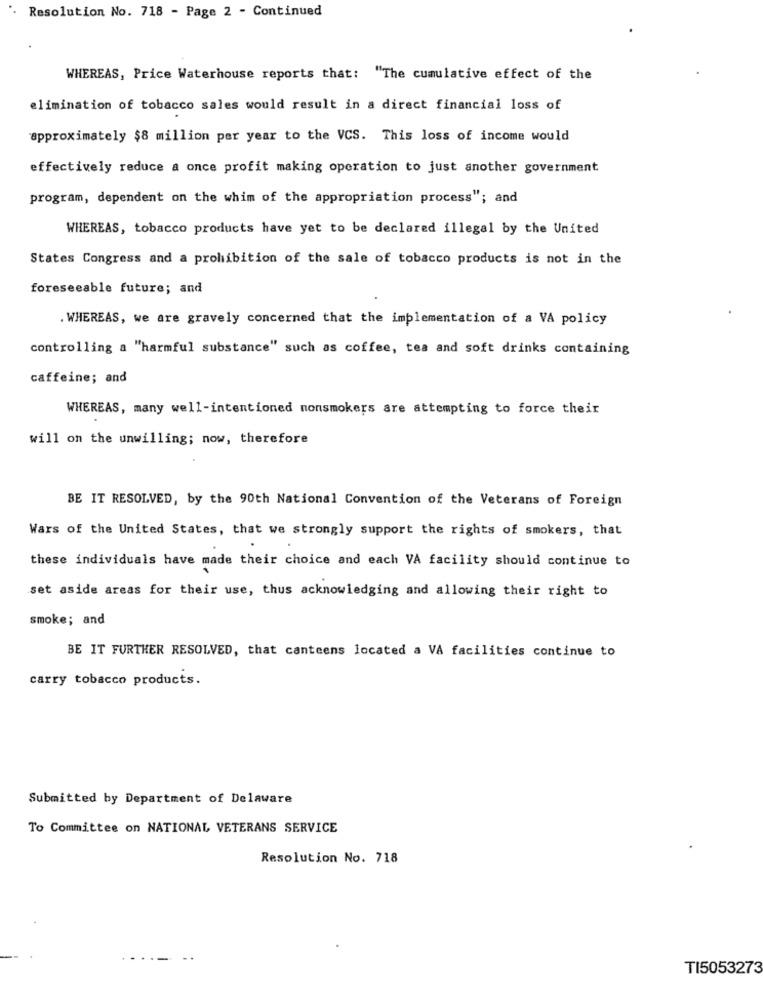
Resolution No. 718 - Page 2 - Continued
WHEREAS, Price Waterhouse reports that: "The cumulative effect of the
elimination of tobacco sales would result in a direct financial loss of
approximately $8 million per year to the VCS. This loss of income would
effectively reduce a once profit making operation to just another government
program, dependent on the whim of the appropriation process"; and
WHEREAS, tobacco products have yet to be declared illegal by the United
States Congress and a prohibition of the sale of tobacco products is not in the
foreseeable future; and
. WHEREAS, we are gravely concerned that the implementation of a VA policy
controlling a "harmful substance" such as coffee, tea and soft drinks containing
caffeine; and
WHEREAS, many well-intentioned nonsmokers are attempting to force their
will on the unwilling; now, therefore
BE IT RESOLVED, by the 90th National Convention of the Veterans of Foreign
Wars of the United States, that we strongly support the rights of smokers, that
these individuals have made their choice and each VA facility should continue to
set aside areas for their use, thus acknowledging and allowing their right to
smoke; and
BE IT FURTHER RESOLVED, that canteens located a VA facilities continue to
carry tobacco products.
Submitted by Department of Delaware
To Committee on NATIONAL VETERANS SERVICE
Resolution No. 718
TI5053273